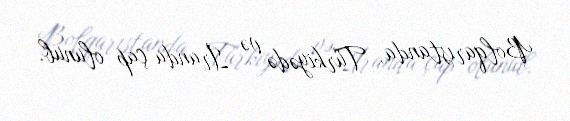
Bolqarıstanda, Türkiyədə və İranda çap olunub.